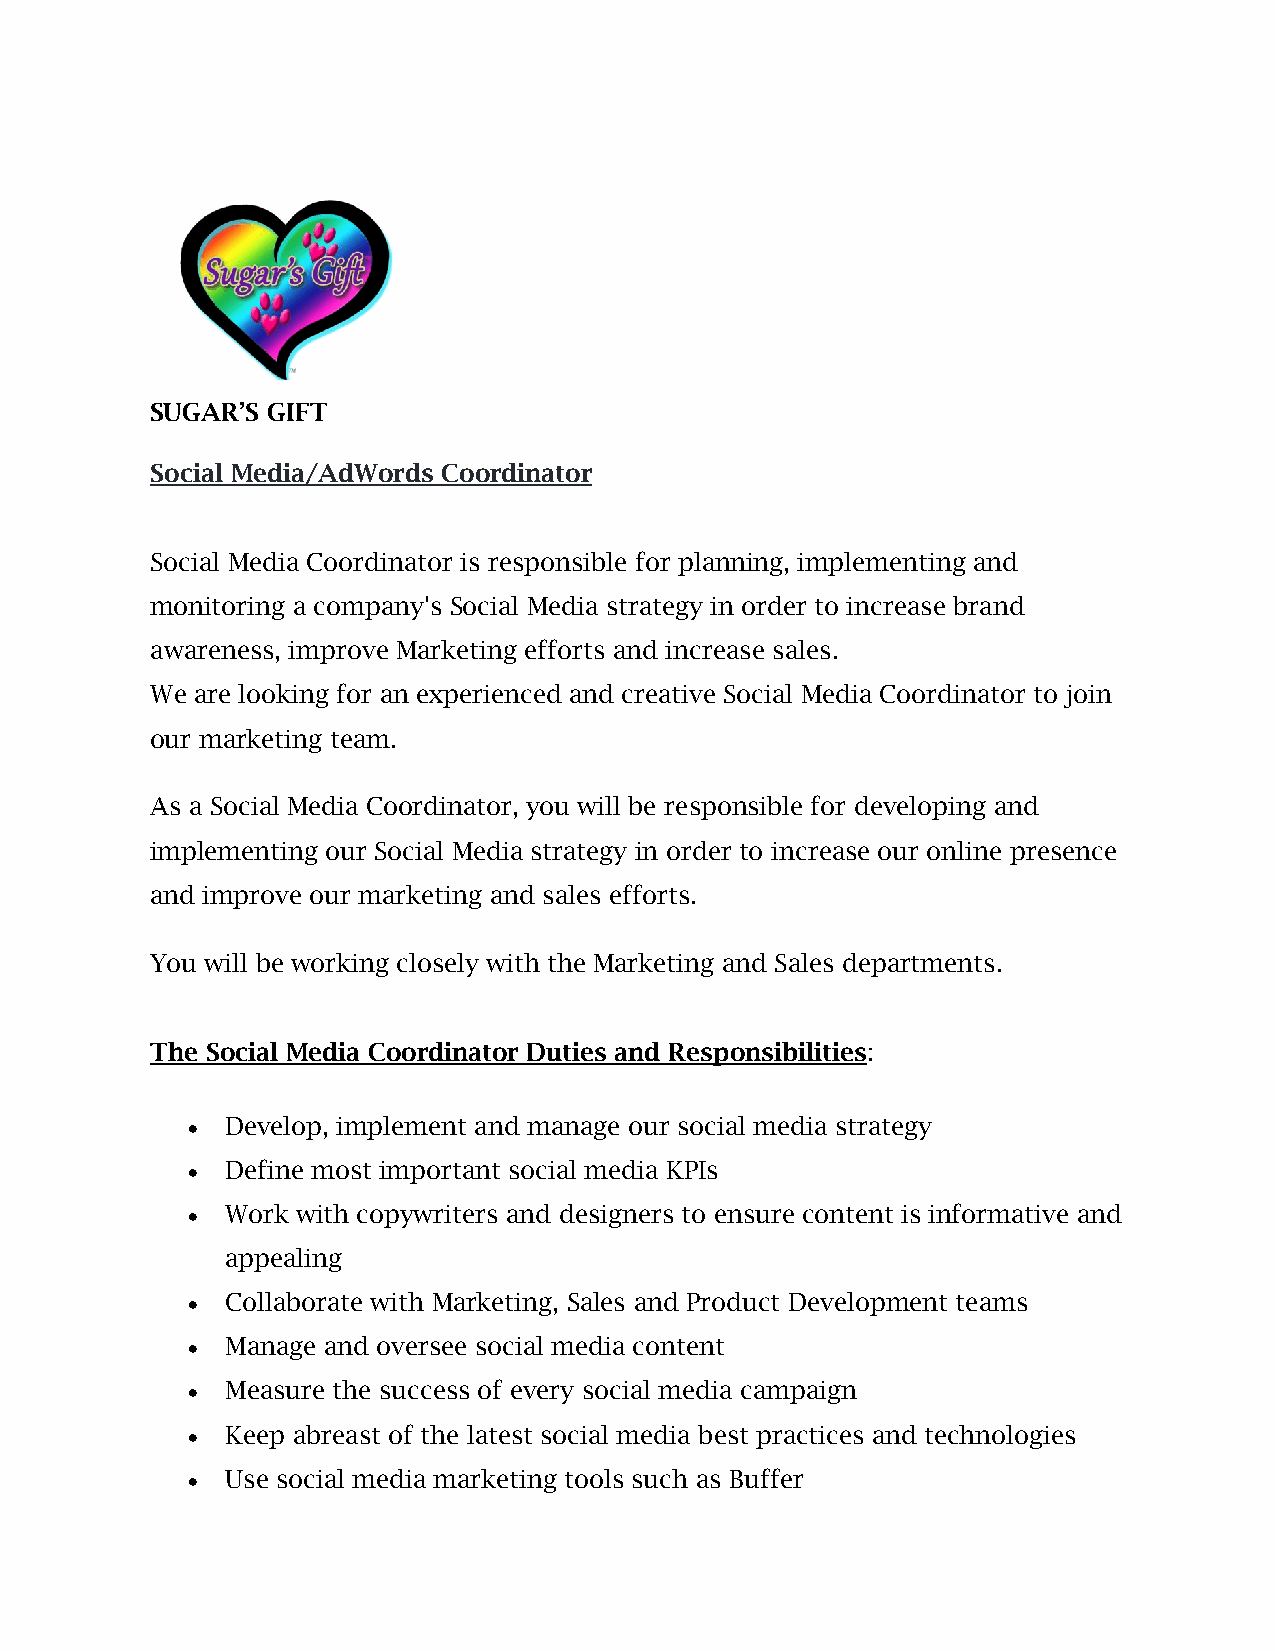
SUGAR’S GIFT
 Social Media/AdWords Coordinator
 Social Media Coordinator is responsible for planning, implementing and
 monitoring a company's Social Media strategy in order to increase brand
 awareness, improve Marketing efforts and increase sales.
 We are looking for an experienced and creative Social Media Coordinator to join
 our marketing team.
 As a Social Media Coordinator, you will be responsible for developing and
 implementing our Social Media strategy in order to increase our online presence
 and improve our marketing and sales efforts.
 You will be working closely with the Marketing and Sales departments.
 The Social Media Coordinator Duties and Responsibilities:
 •  Develop, implement and manage our social media strategy
 •  Define most important social media KPIs
 •  Work with copywriters and designers to ensure content is informative and
 appealing
 •  Collaborate with Marketing, Sales and Product Development teams
 •  Manage and oversee social media content
 •  Measure the success of every social media campaign
 •  Keep abreast of the latest social media best practices and technologies
 •  Use social media marketing tools such as Buffer